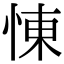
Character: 𢛔